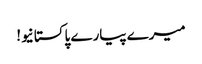
میرے پیارے پاکستانیو!